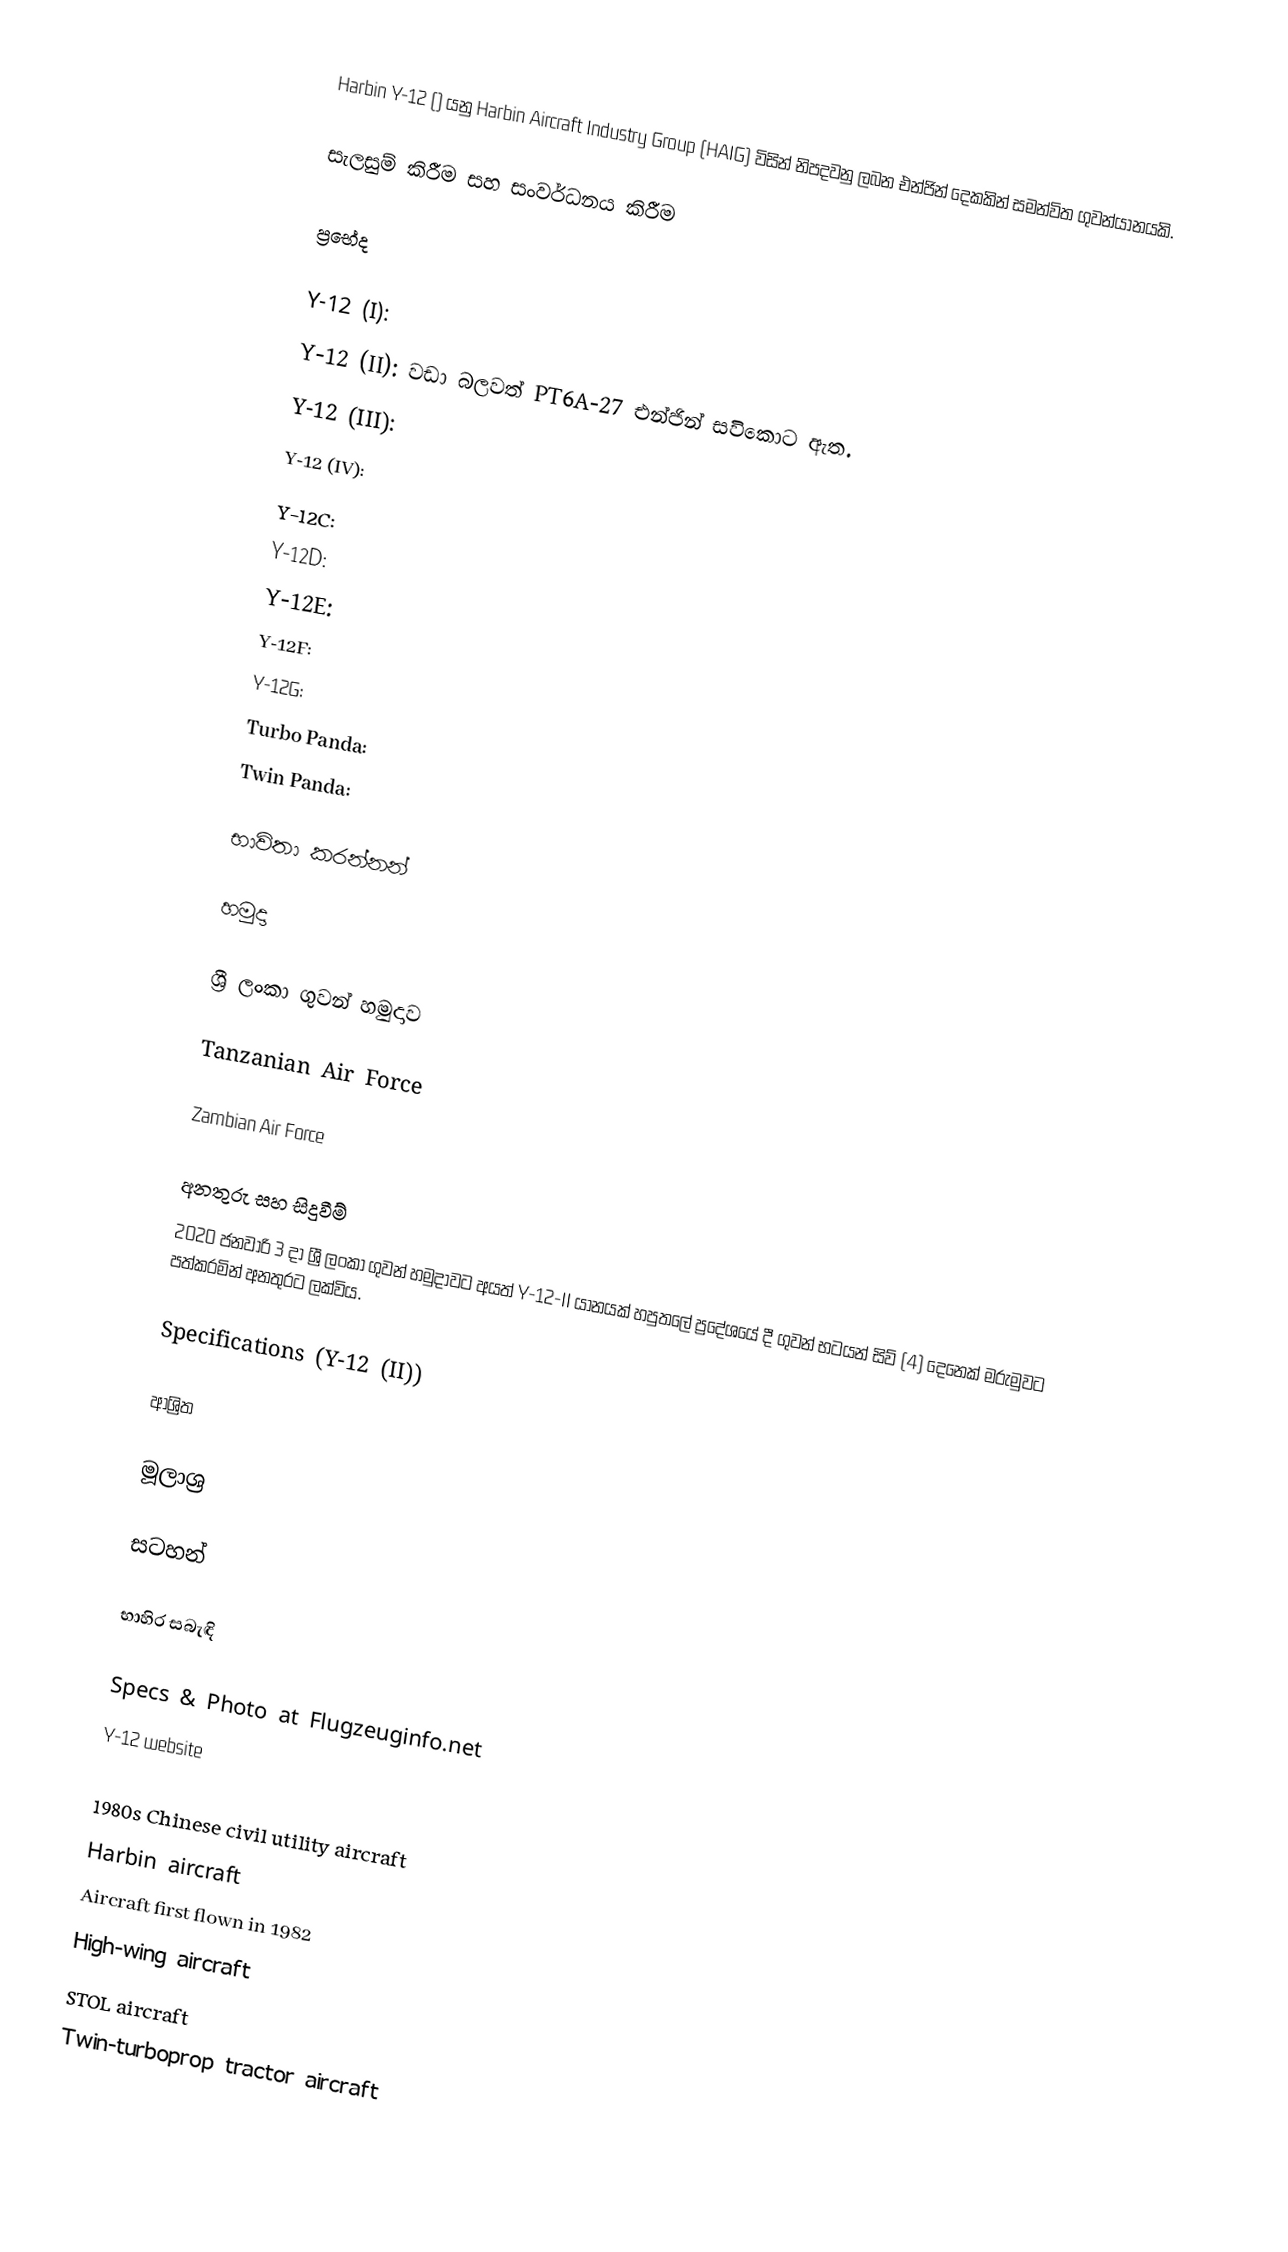
Harbin Y-12 () යනු Harbin Aircraft Industry Group (HAIG) විසින් නිපදවනු ලබන එන්ජින් දෙකකින් සමන්විත ගුවන්යානයකි.

සැලසුම් කිරීම සහ සංවර්ධනය කිරීම

ප්‍රභේද

 Y-12 (I):
 Y-12 (II): වඩා බලවත් PT6A-27 එන්ජින් සවිකොට ඇත.
 Y-12 (III):
 Y-12 (IV):
 Y-12C:
 Y-12D:
 Y-12E:
 Y-12F:
 Y-12G:
 Turbo Panda:
 Twin Panda:

භාවිතා කරන්නන්

හමුදා

 ශ්‍රී ලංකා ගුවන් හමුදාව

 Tanzanian Air Force

 Zambian Air Force

අනතුරු සහ සිදුවීම්
 2020 ජනවාරි 3 දා ශ්‍රී ලංකා ගුවන් හමුදාවට අයත් Y-12-II යානයක් හපුතලේ ප්‍රදේශයේ දී ගුවන් භටයන් සිව් (4) දෙනෙක් මරුමුවට පත්කරමින් අනතුරට ලක්විය.

Specifications (Y-12 (II))

ආශ්‍රිත

මූලාශ්‍ර

සටහන්

භාහිර සබැඳි

 Specs & Photo at Flugzeuginfo.net
 Y-12 website

1980s Chinese civil utility aircraft
Harbin aircraft
Aircraft first flown in 1982
High-wing aircraft
STOL aircraft
Twin-turboprop tractor aircraft